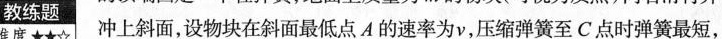
教练题 冲上斜面，设物块在斜面最低点A的速率为v，压缩弹簧至C点时弹簧最短，